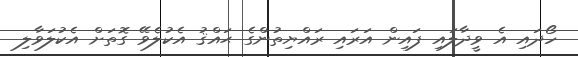
ހޯދައި އެ ވީދާލައި ފައިން އަރައި ރައްޔިތުންގެ ޙައްޤު އެކުލެވޭ ގޮތަށް އެކުލަވާލި